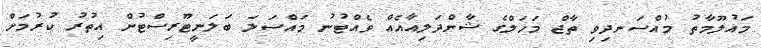
މައުލޫމާތު މުއްސަނދިވި ތާޖް މަަހަލްގެ ޝާންދަލިއާއެއް ވެއްޓުނު މައްސަލަ ބަލަނީޓޫރިސްޓުން އިތުރު ކުރުމަށް